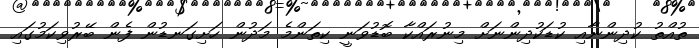
ތުއްތު ކުދިންނާއި ކުޑަކުދިންނަށް މިނުރައްކާ ބޮޑުވަނީ ކިތަންމެ މަދުން ހަށިގަނޑުން ފެން ބޭރުވިކަމުގައި